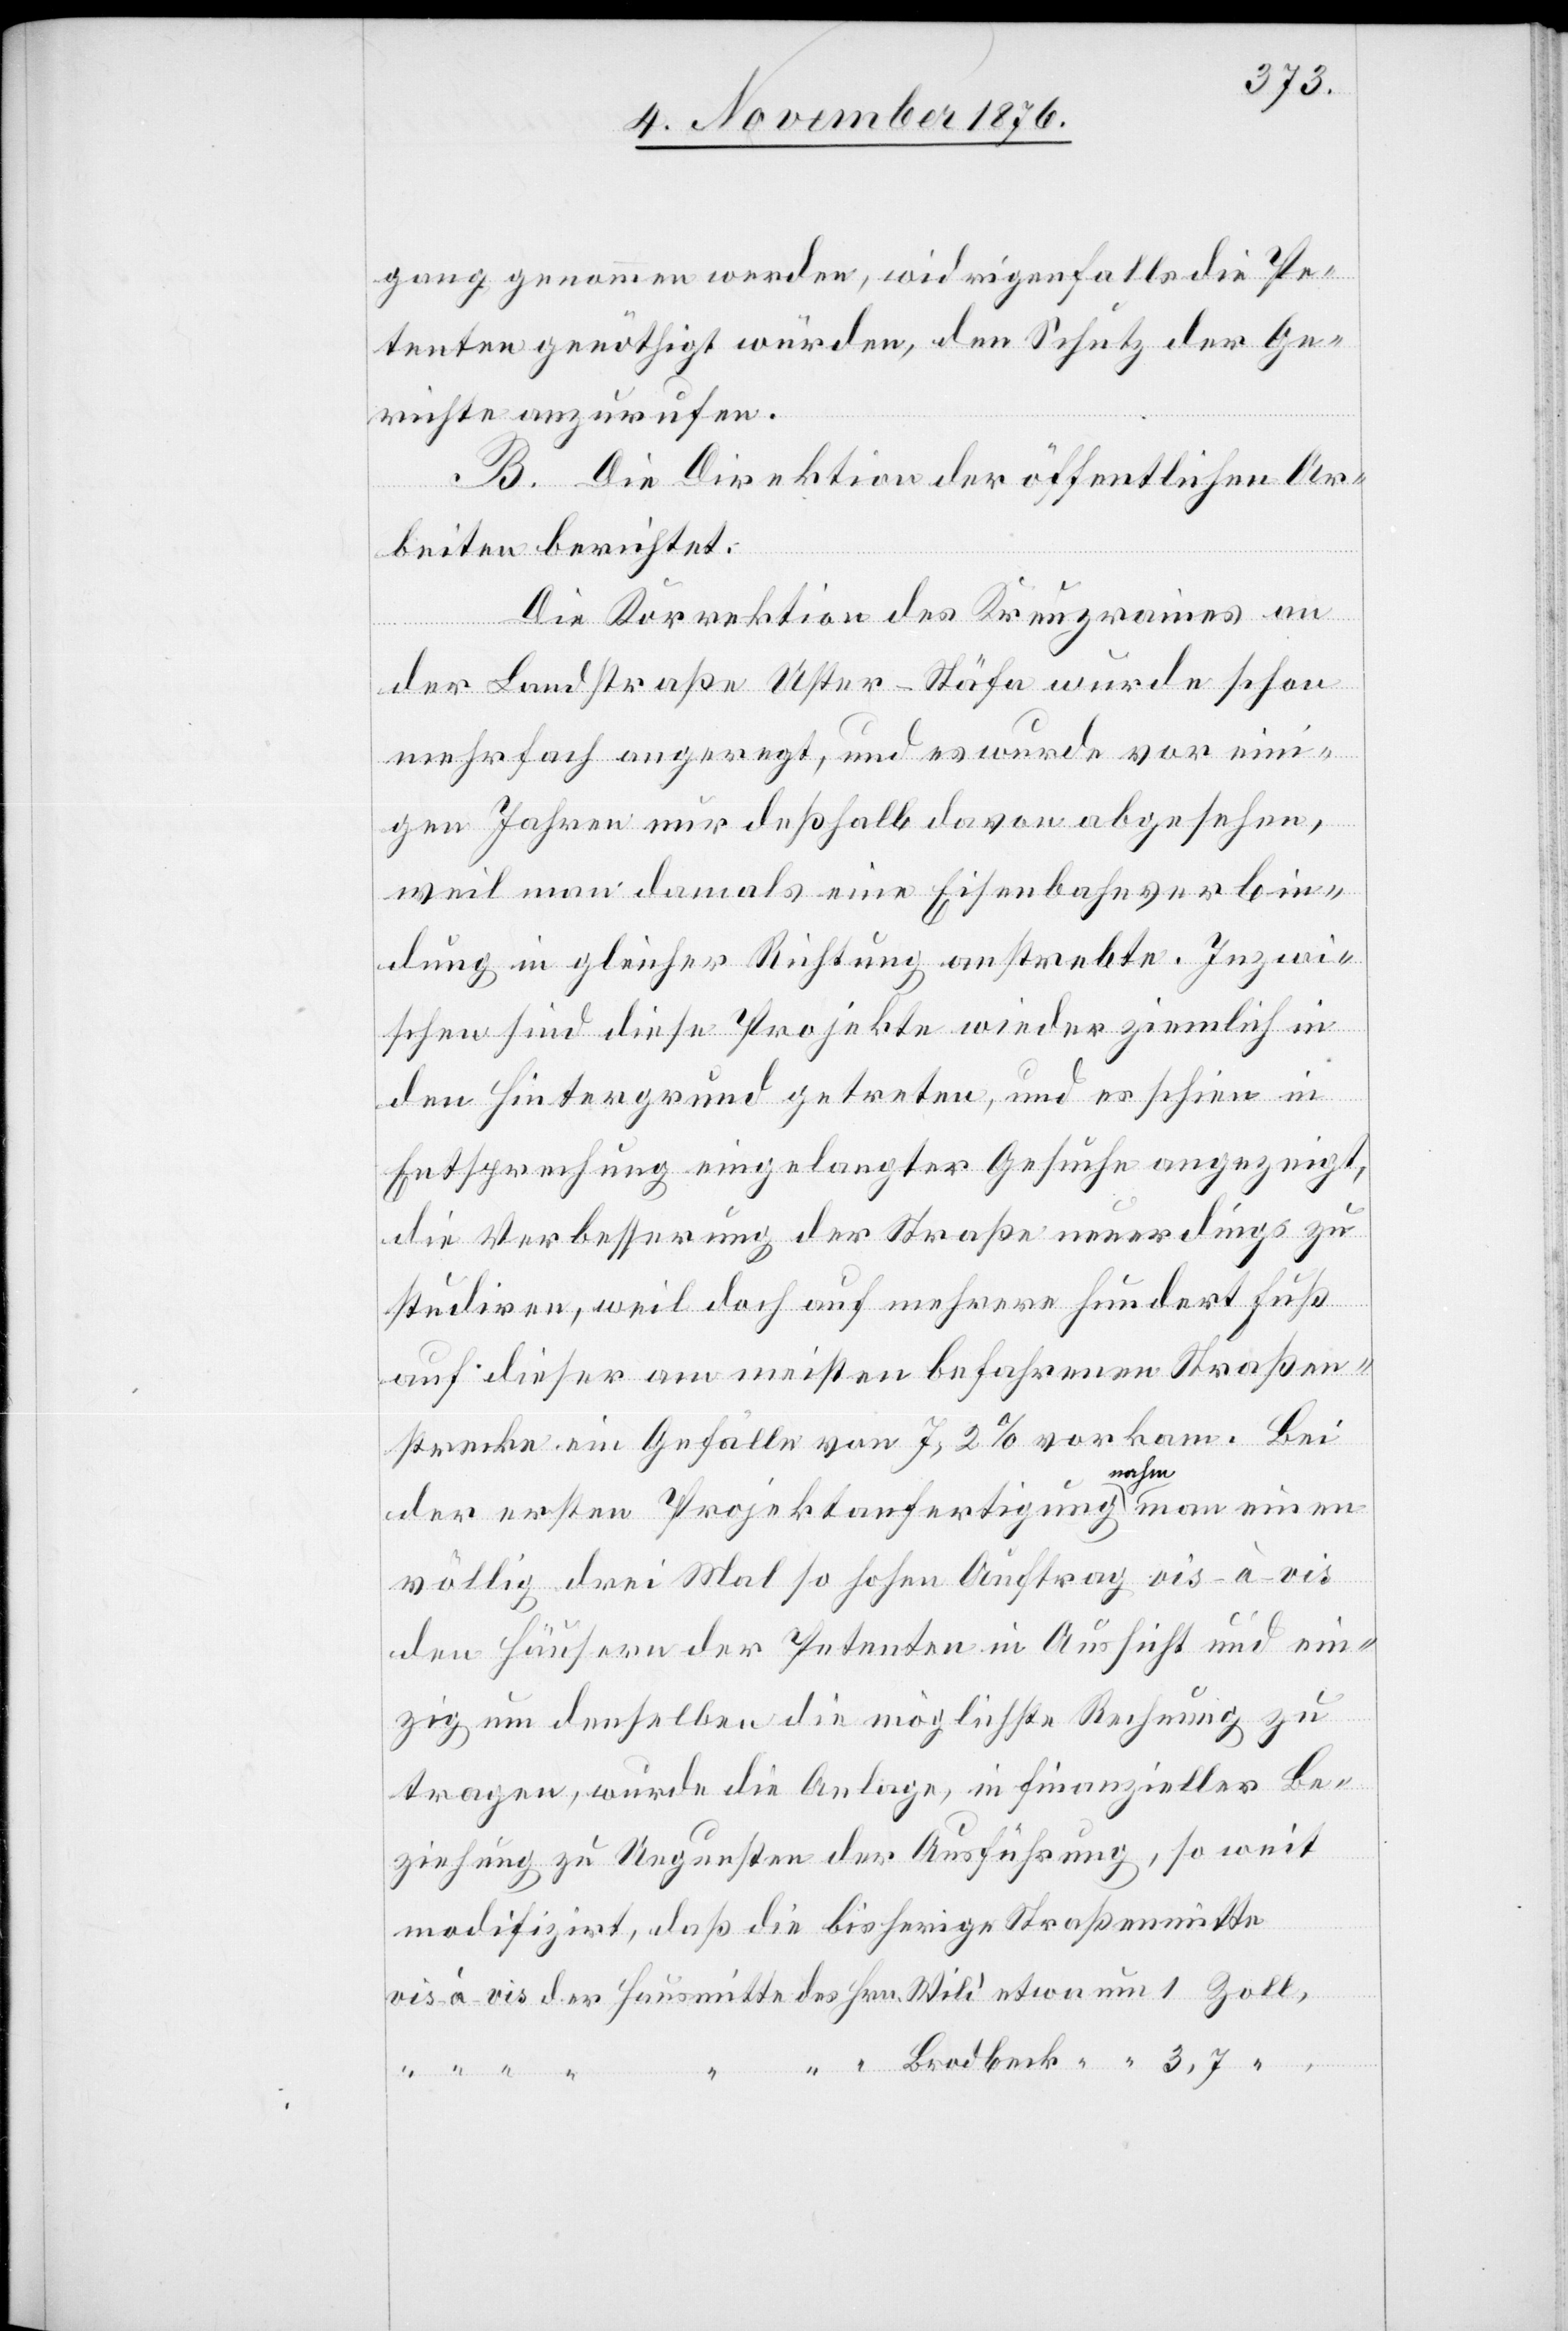
gang genommen werden, widrigenfalls die Pe¬
tenten genöthigt würden, den Schutz der Ge¬
richte anzurufen.
c!] Die Direktion der öffentlichen Ar¬
beiten berichtet:
Die Korrektion des Kreuzrains an
der Landstraße Uster–Stäfa wurde schon
mehrfach angeregt, und es wurde vor eini¬
gen Jahren nur deßhalb davon abgesehen,
weil man damals eine Eisenbahnverbin¬
dung in gleicher Richtung anstrebte. Inzwi¬
schen sind diese Projekte wieder ziemlich in
den Hintergrund getreten, und es schien in
Entsprechung eingelangter Gesuche angezeigt,
die Verbesserung der Straße neuerdings zu
studiren, weil doch auf mehrere hundert Fuß
auf dieser am meisten befahrenen Straßen¬
strecke ein Gefälle von 7,2% vorkam. Bei
Zoll,
der ersten Projektanfertigung nahm man einen
völlig drei Mal so hohen Auftrag vis-à-vis
den Häusern der Petenten in Aussicht und ein¬
zig um denselben die möglichste Rechnung zu
tragen, wurde die Anlage, in finanzieller Be¬
ziehung zu Ungunsten der Ausführung, so weit
modifizirt, daß die bisherige Straßenmitte
etwa